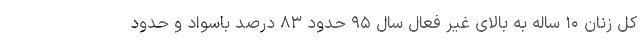
کل زنان ۱۰ ساله به بالای غیر فعال سال ۹۵ حدود ۸۳ درصد باسواد و حدود